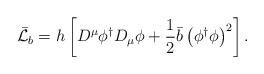
LaTeX: \begin{align*}\bar{\cal L}_b = h \left[ D^{\mu} \phi^{\dagger} D_{\mu} \phi + {1 \over 2}\bar{b} \left( \phi^{\dagger} \phi \right) ^2 \right] .\end{align*}